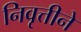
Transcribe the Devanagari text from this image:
निवृत्तीने